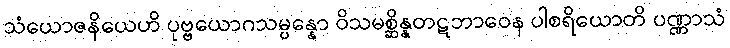
သံယောဇနိယေဟိ ပုဗ္ဗယောဂသမ္ပန္နော ဝိသမစ္ဆိန္နတဋဘာဝေန ပါစရိယောတိ ပဏ္ဏာသံ